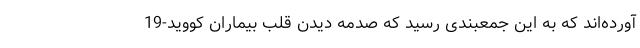
آورده‌اند که به این جمعبندی رسید که صدمه دیدن قلب بیماران کووید-19